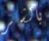
بالشر